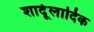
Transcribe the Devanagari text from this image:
शार्दूलादिक